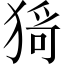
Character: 𤠄